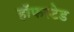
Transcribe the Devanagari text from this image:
हॉफस्टेड